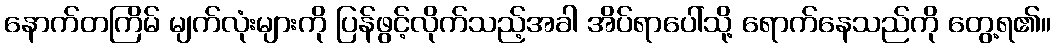
နောက်တကြိမ် မျက်လုံးများကို ပြန်ဖွင့်လိုက်သည့်အခါ အိပ်ရာပေါ်သို့ ရောက်နေသည်ကို တွေ့ရ၏။